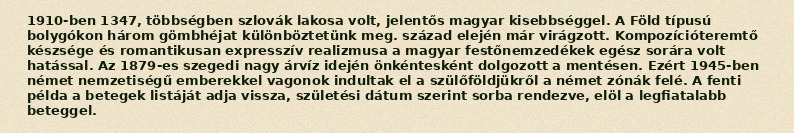
1910-ben 1347, többségben szlovák lakosa volt, jelentős magyar kisebbséggel. A Föld típusú bolygókon három gömbhéjat különböztetünk meg. század elején már virágzott. Kompozícióteremtő készsége és romantikusan expresszív realizmusa a magyar festőnemzedékek egész sorára volt hatással. Az 1879-es szegedi nagy árvíz idején önkéntesként dolgozott a mentésen. Ezért 1945-ben német nemzetiségű emberekkel vagonok indultak el a szülőföldjükről a német zónák felé. A fenti példa a betegek listáját adja vissza, születési dátum szerint sorba rendezve, elöl a legfiatalabb beteggel.